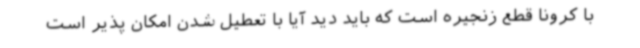
با کرونا قطع زنجیره است که باید دید آیا با تعطیل شدن امکان پذیر است